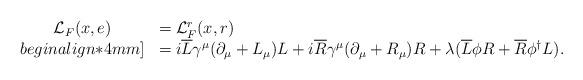
LaTeX: \begin{align*}\begin{array}{cl}{\cal{L}}_{F}(x,e)&={\cal{L}}^r_{F}(x,r)\\begin{align*}4mm]&=i\overline{L}\gamma^{\mu}({\partial}_\mu+L_\mu)L+i\overline{R}\gamma^{\mu}({\partial}_{\mu}+R_\mu)R+\lambda (\overline{L}\phi{R}+\overline{R}{\phi}^{\dag}L).\end{array}\end{align*}